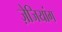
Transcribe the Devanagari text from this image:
ज़ेजियांग